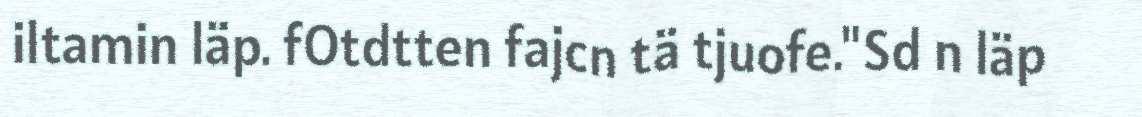
iltamin läp. fOtdtten fajcn tä tjuofe."Sd n läp